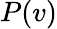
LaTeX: P(v)